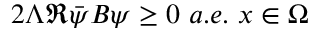
2 \Lambda \Re \Bar { \psi } B \psi \ge 0 \ a . e . \ x \in \Omega